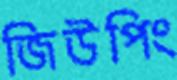
জিউপিং